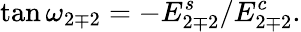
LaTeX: \tan\omega_{2\mp 2}=-E_{2\mp 2}^{s}/E_{2\mp 2}^{c}.